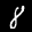
Label: 8